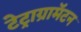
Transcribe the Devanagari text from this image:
टेट्राग्रामॅटन